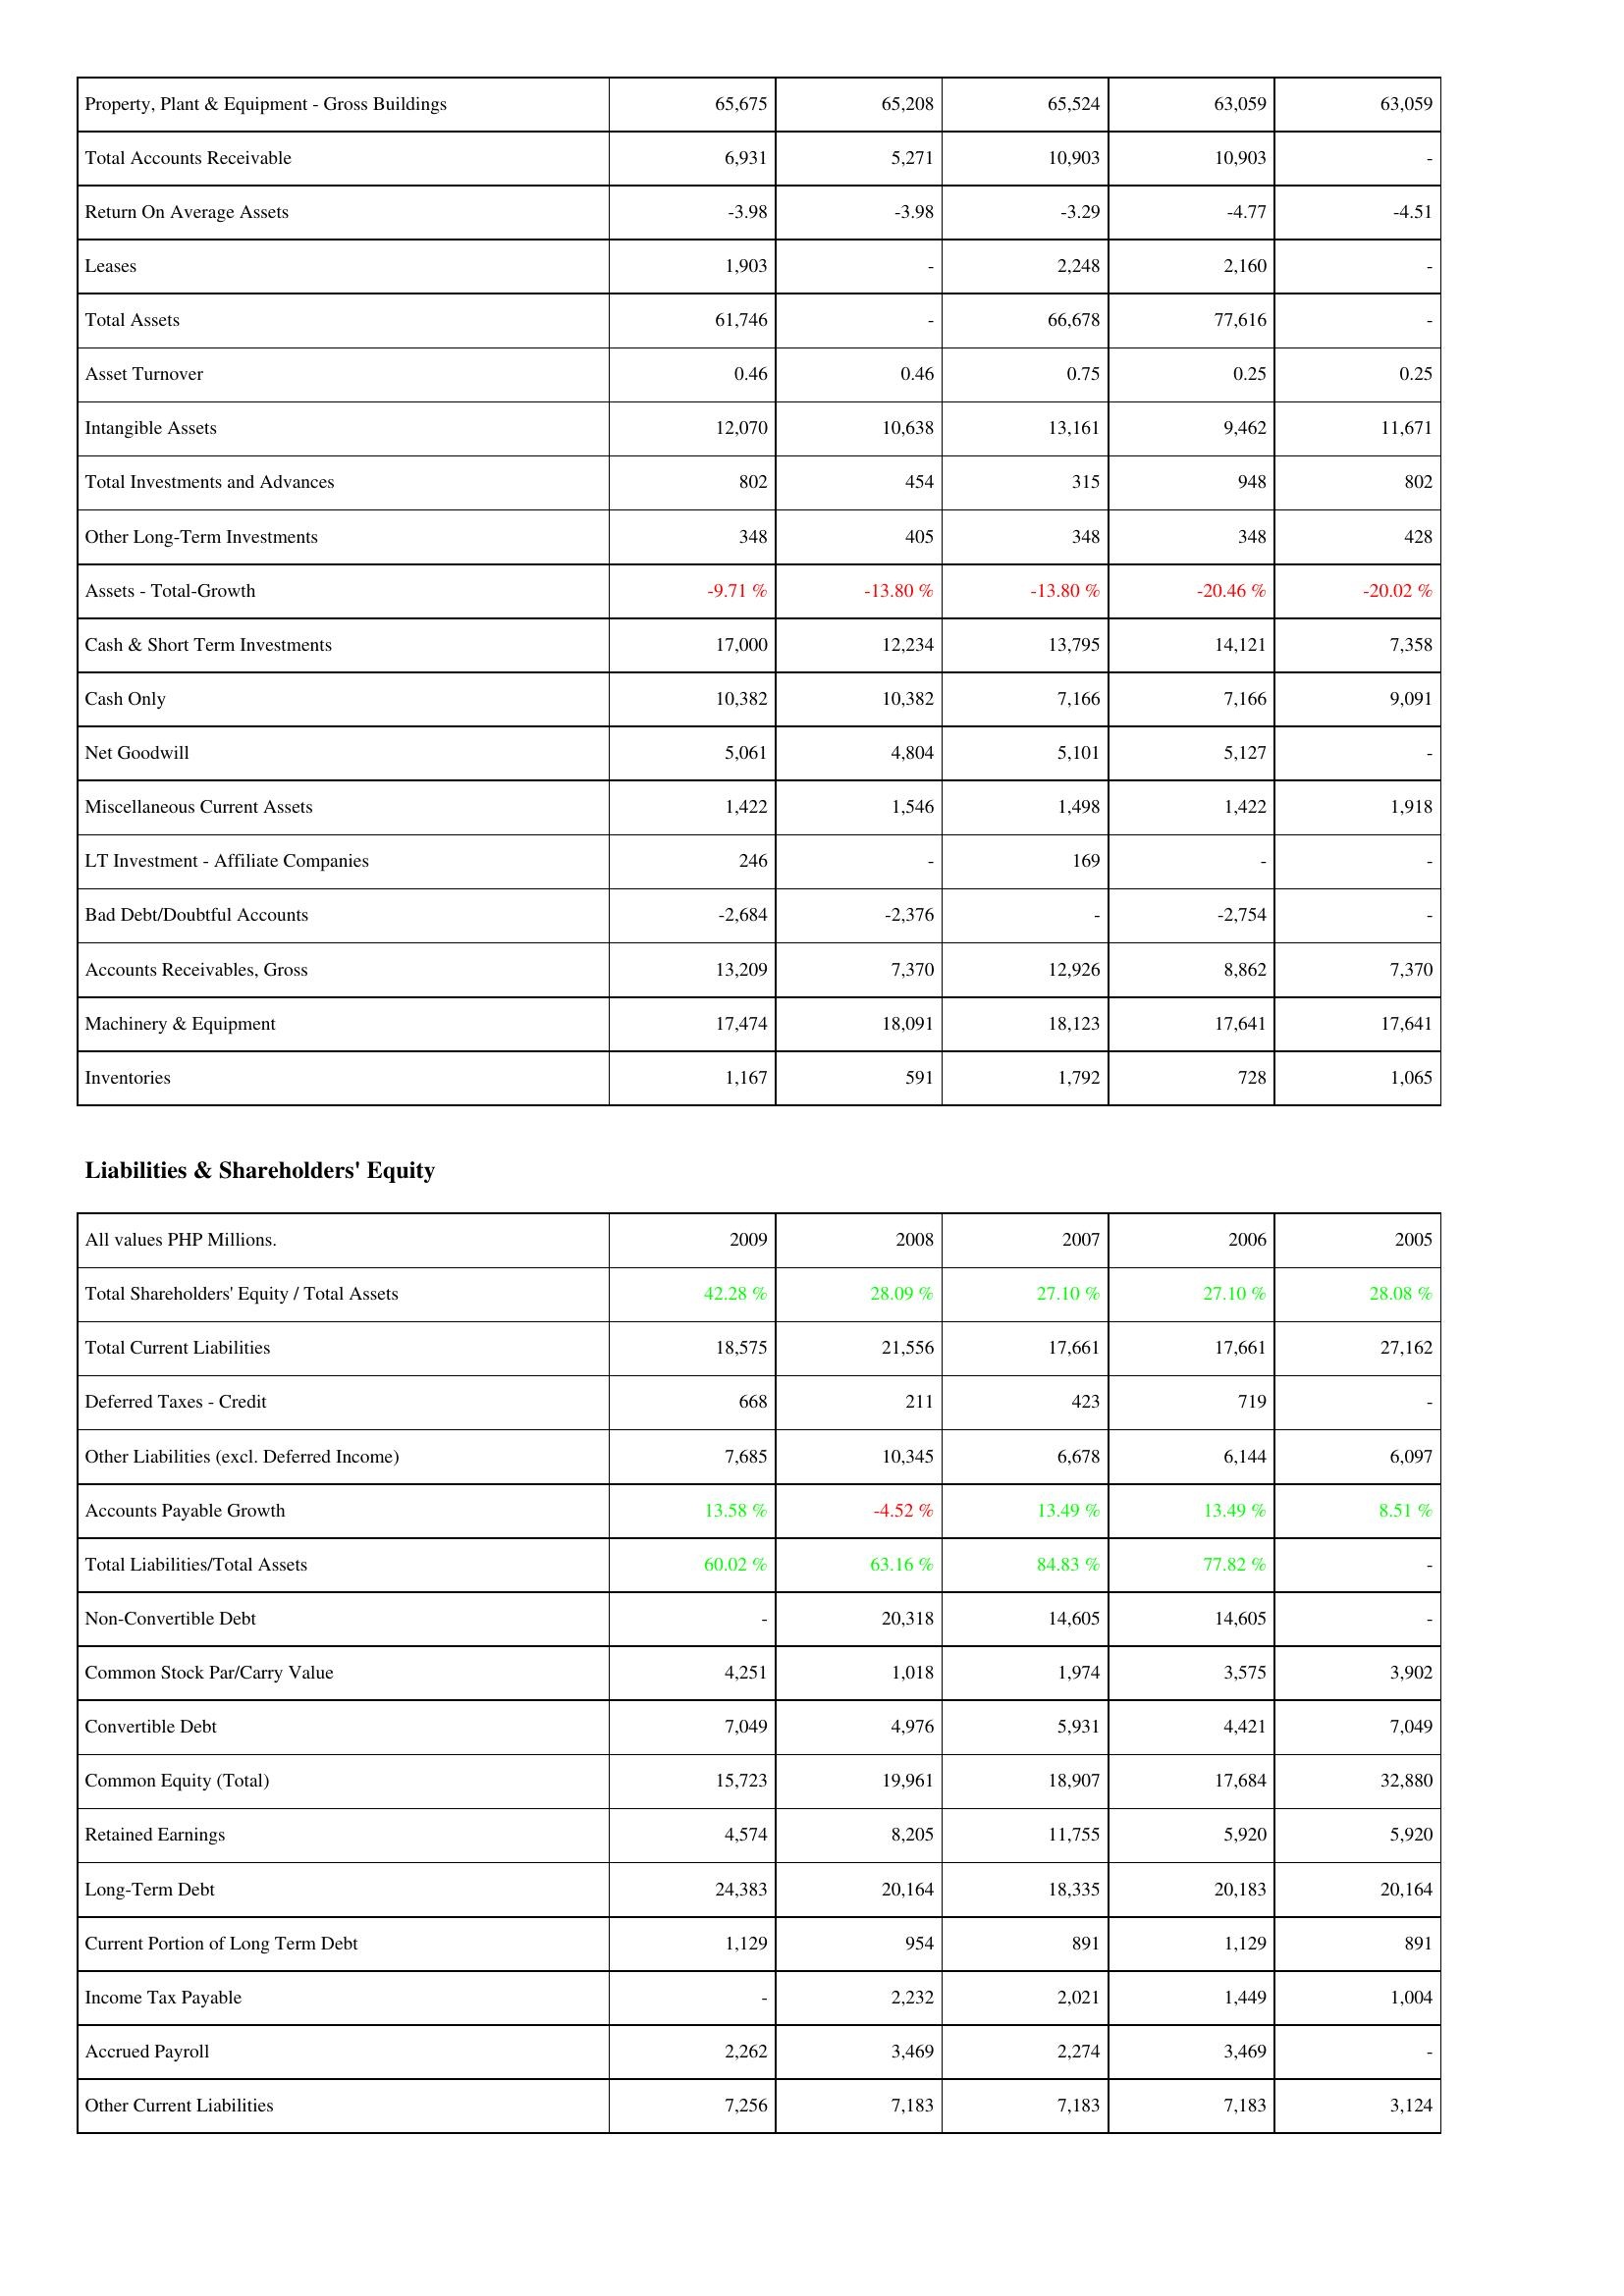
2009: Assets: Property, Plant & Equipment - Gross Buildings: 65,675
Total Accounts Receivable: 6,931
Return On Average Assets: -3.98
Leases: 1,903
Total Assets: 61,746
Asset Turnover: 0.46
Intangible Assets: 12,070
Total Investments and Advances: 802
Other Long-Term Investments: 348
Assets - Total-Growth: -9.71 %
Cash & Short Term Investments: 17,000
Cash Only: 10,382
Net Goodwill: 5,061
Miscellaneous Current Assets: 1,422
LT Investment - Affiliate Companies: 246
Bad Debt/Doubtful Accounts: -2,684
Accounts Receivables, Gross: 13,209
Machinery & Equipment: 17,474
Inventories: 1,167
Liabilities & Shareholders' Equity: Total Shareholders' Equity / Total Assets: 42.28 %
Total Current Liabilities: 18,575
Deferred Taxes - Credit: 668
Other Liabilities (excl. Deferred Income): 7,685
Accounts Payable Growth: 13.58 %
Total Liabilities/Total Assets: 60.02 %
Non-Convertible Debt: -
Common Stock Par/Carry Value: 4,251
Convertible Debt: 7,049
Common Equity (Total): 15,723
Retained Earnings: 4,574
Long-Term Debt: 24,383
Current Portion of Long Term Debt: 1,129
Income Tax Payable: -
Accrued Payroll: 2,262
Other Current Liabilities: 7,256
2008: Assets: Property, Plant & Equipment - Gross Buildings: 65,208
Total Accounts Receivable: 5,271
Return On Average Assets: -3.98
Leases: -
Total Assets: -
Asset Turnover: 0.46
Intangible Assets: 10,638
Total Investments and Advances: 454
Other Long-Term Investments: 405
Assets - Total-Growth: -13.80 %
Cash & Short Term Investments: 12,234
Cash Only: 10,382
Net Goodwill: 4,804
Miscellaneous Current Assets: 1,546
LT Investment - Affiliate Companies: -
Bad Debt/Doubtful Accounts: -2,376
Accounts Receivables, Gross: 7,370
Machinery & Equipment: 18,091
Inventories: 591
Liabilities & Shareholders' Equity: Total Shareholders' Equity / Total Assets: 28.09 %
Total Current Liabilities: 21,556
Deferred Taxes - Credit: 211
Other Liabilities (excl. Deferred Income): 10,345
Accounts Payable Growth: -4.52 %
Total Liabilities/Total Assets: 63.16 %
Non-Convertible Debt: 20,318
Common Stock Par/Carry Value: 1,018
Convertible Debt: 4,976
Common Equity (Total): 19,961
Retained Earnings: 8,205
Long-Term Debt: 20,164
Current Portion of Long Term Debt: 954
Income Tax Payable: 2,232
Accrued Payroll: 3,469
Other Current Liabilities: 7,183
2007: Assets: Property, Plant & Equipment - Gross Buildings: 65,524
Total Accounts Receivable: 10,903
Return On Average Assets: -3.29
Leases: 2,248
Total Assets: 66,678
Asset Turnover: 0.75
Intangible Assets: 13,161
Total Investments and Advances: 315
Other Long-Term Investments: 348
Assets - Total-Growth: -13.80 %
Cash & Short Term Investments: 13,795
Cash Only: 7,166
Net Goodwill: 5,101
Miscellaneous Current Assets: 1,498
LT Investment - Affiliate Companies: 169
Bad Debt/Doubtful Accounts: -
Accounts Receivables, Gross: 12,926
Machinery & Equipment: 18,123
Inventories: 1,792
Liabilities & Shareholders' Equity: Total Shareholders' Equity / Total Assets: 27.10 %
Total Current Liabilities: 17,661
Deferred Taxes - Credit: 423
Other Liabilities (excl. Deferred Income): 6,678
Accounts Payable Growth: 13.49 %
Total Liabilities/Total Assets: 84.83 %
Non-Convertible Debt: 14,605
Common Stock Par/Carry Value: 1,974
Convertible Debt: 5,931
Common Equity (Total): 18,907
Retained Earnings: 11,755
Long-Term Debt: 18,335
Current Portion of Long Term Debt: 891
Income Tax Payable: 2,021
Accrued Payroll: 2,274
Other Current Liabilities: 7,183
2006: Assets: Property, Plant & Equipment - Gross Buildings: 63,059
Total Accounts Receivable: 10,903
Return On Average Assets: -4.77
Leases: 2,160
Total Assets: 77,616
Asset Turnover: 0.25
Intangible Assets: 9,462
Total Investments and Advances: 948
Other Long-Term Investments: 348
Assets - Total-Growth: -20.46 %
Cash & Short Term Investments: 14,121
Cash Only: 7,166
Net Goodwill: 5,127
Miscellaneous Current Assets: 1,422
LT Investment - Affiliate Companies: -
Bad Debt/Doubtful Accounts: -2,754
Accounts Receivables, Gross: 8,862
Machinery & Equipment: 17,641
Inventories: 728
Liabilities & Shareholders' Equity: Total Shareholders' Equity / Total Assets: 27.10 %
Total Current Liabilities: 17,661
Deferred Taxes - Credit: 719
Other Liabilities (excl. Deferred Income): 6,144
Accounts Payable Growth: 13.49 %
Total Liabilities/Total Assets: 77.82 %
Non-Convertible Debt: 14,605
Common Stock Par/Carry Value: 3,575
Convertible Debt: 4,421
Common Equity (Total): 17,684
Retained Earnings: 5,920
Long-Term Debt: 20,183
Current Portion of Long Term Debt: 1,129
Income Tax Payable: 1,449
Accrued Payroll: 3,469
Other Current Liabilities: 7,183
2005: Assets: Property, Plant & Equipment - Gross Buildings: 63,059
Total Accounts Receivable: -
Return On Average Assets: -4.51
Leases: -
Total Assets: -
Asset Turnover: 0.25
Intangible Assets: 11,671
Total Investments and Advances: 802
Other Long-Term Investments: 428
Assets - Total-Growth: -20.02 %
Cash & Short Term Investments: 7,358
Cash Only: 9,091
Net Goodwill: -
Miscellaneous Current Assets: 1,918
LT Investment - Affiliate Companies: -
Bad Debt/Doubtful Accounts: -
Accounts Receivables, Gross: 7,370
Machinery & Equipment: 17,641
Inventories: 1,065
Liabilities & Shareholders' Equity: Total Shareholders' Equity / Total Assets: 28.08 %
Total Current Liabilities: 27,162
Deferred Taxes - Credit: -
Other Liabilities (excl. Deferred Income): 6,097
Accounts Payable Growth: 8.51 %
Total Liabilities/Total Assets: -
Non-Convertible Debt: -
Common Stock Par/Carry Value: 3,902
Convertible Debt: 7,049
Common Equity (Total): 32,880
Retained Earnings: 5,920
Long-Term Debt: 20,164
Current Portion of Long Term Debt: 891
Income Tax Payable: 1,004
Accrued Payroll: -
Other Current Liabilities: 3,124